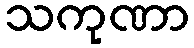
သကုဏာ